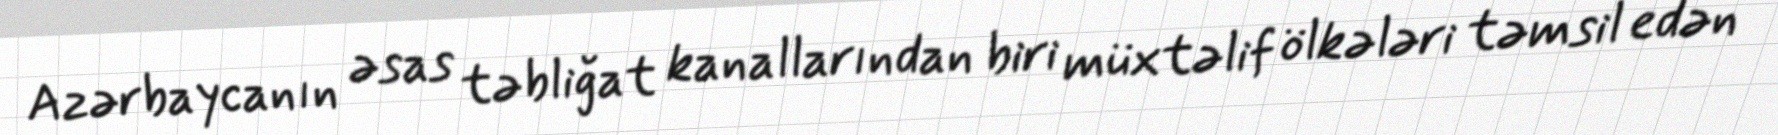
Azərbaycanın əsas təbliğat kanallarından biri müxtəlif ölkələri təmsil edən